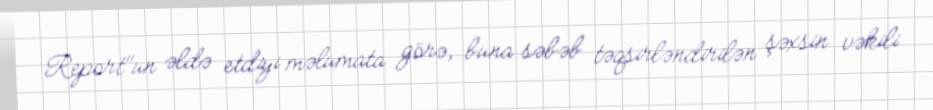
Report"un əldə etdiyi məlumata görə, buna səbəb təqsirləndirilən şəxsin vəkili